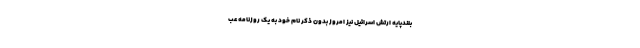
بلندپایه ارتش اسرائیل نیز امروز بدون ذکر نام خود به یک روزنامه عب